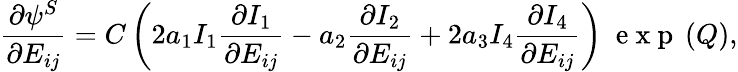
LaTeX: \frac{\partial\psi^{S}}{\partial E_{ij}}=C\left(2a_{1}I_{1}\frac{\partial I_{1}}{\partial E_{ij}}-a_{2}\frac{\partial I_{2}}{\partial E_{ij}}+2a_{3}I_{4}\frac{\partial I_{4}}{\partial E_{ij}}\right)\ \mathrm{~e~x~p~}\left(Q\right),